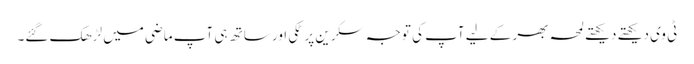
ٹی وی دیکھتے دیکھتے لمحہ بھر کے لیے آپ کی توجہ سکرین پر ٹکی اور ساتھ ہی آپ ماضی میں لڑھک گئے۔